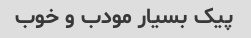
پیک بسیار مودب و خوب